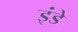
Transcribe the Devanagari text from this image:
इंडे